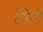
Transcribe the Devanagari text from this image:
रेषेनी